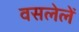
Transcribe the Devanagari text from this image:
वसलेलें